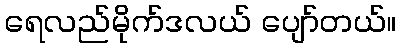
ရေလည်မိုက်ဒလယ် ပျော်တယ်။